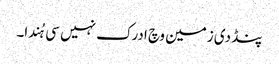
پنڈ دی زمین وچ ادرک نہیں سی ہُندا۔